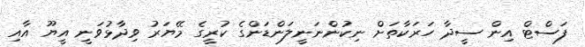
ފަސްޓް އިން ސީދާ ހަރަކާތަށް ނިކުންނަނީލަންޑަންގެ ކުރީގެ މޭޔަރު ވިދާޅުވަނީ އީޔޫ އާއި